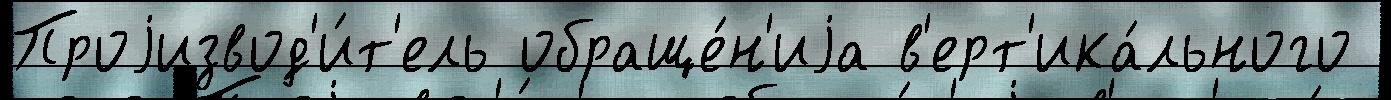
Проjизвод'и́т'ель обраще́н'иjа в'ерт'ика́льного